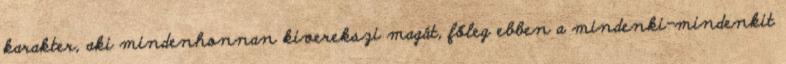
karakter, aki mindenhonnan kiverekszi magát, főleg ebben a mindenki-mindenkit